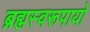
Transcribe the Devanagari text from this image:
ब्रह्मस्वरूपायो